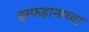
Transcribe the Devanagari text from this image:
इस्फहानाच्या